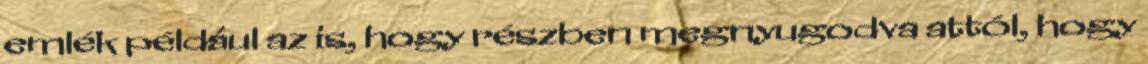
emlék például az is, hogy részben megnyugodva attól, hogy